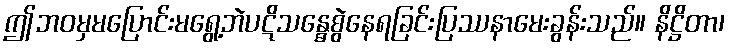
ဤဘဝမှမပြောင်းမရွေ့ဘဲပဋိသန္ဓေစွဲနေရခြင်းပြဿနာမေးခွန်းသည်။ နိဋ္ဌိတာ၊